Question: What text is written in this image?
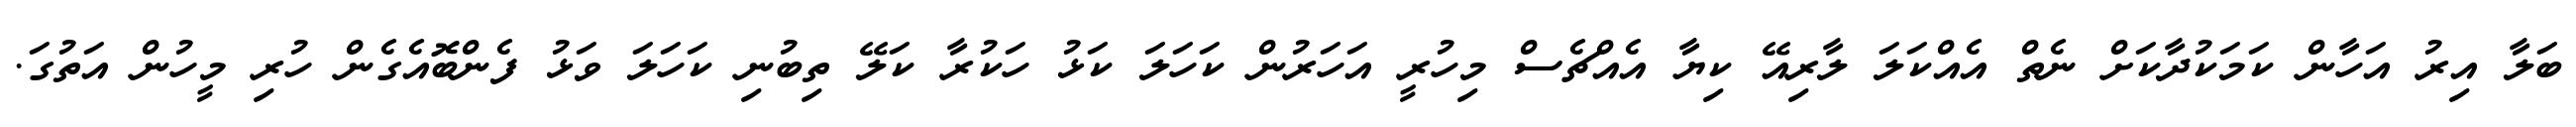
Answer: ބަލާ އިރު އަހާން ކަމަކުދާކަށް ނެތް އެއްކަލަ ލާރިއޭ ކިޔާ އެއްޗެސް މިހުރީ އަހަރުން ކަހަލަ ކަޅު ހަކުރާ ކަލޭ ތިބުނި ކަހަލަ ވަޅު ފެންބޮއެގެން ހުރި މީހުން އަތުގަ.